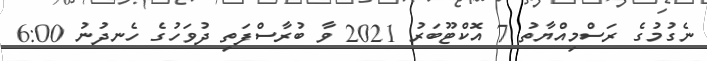
ނެގުމުގެ ރަސްމިއްޔާތު 7 އޮކްޓޫބަރު 2021 ވާ ބުރާސްފަތި ދުވަހުގެ ހެނދުނު 6:00